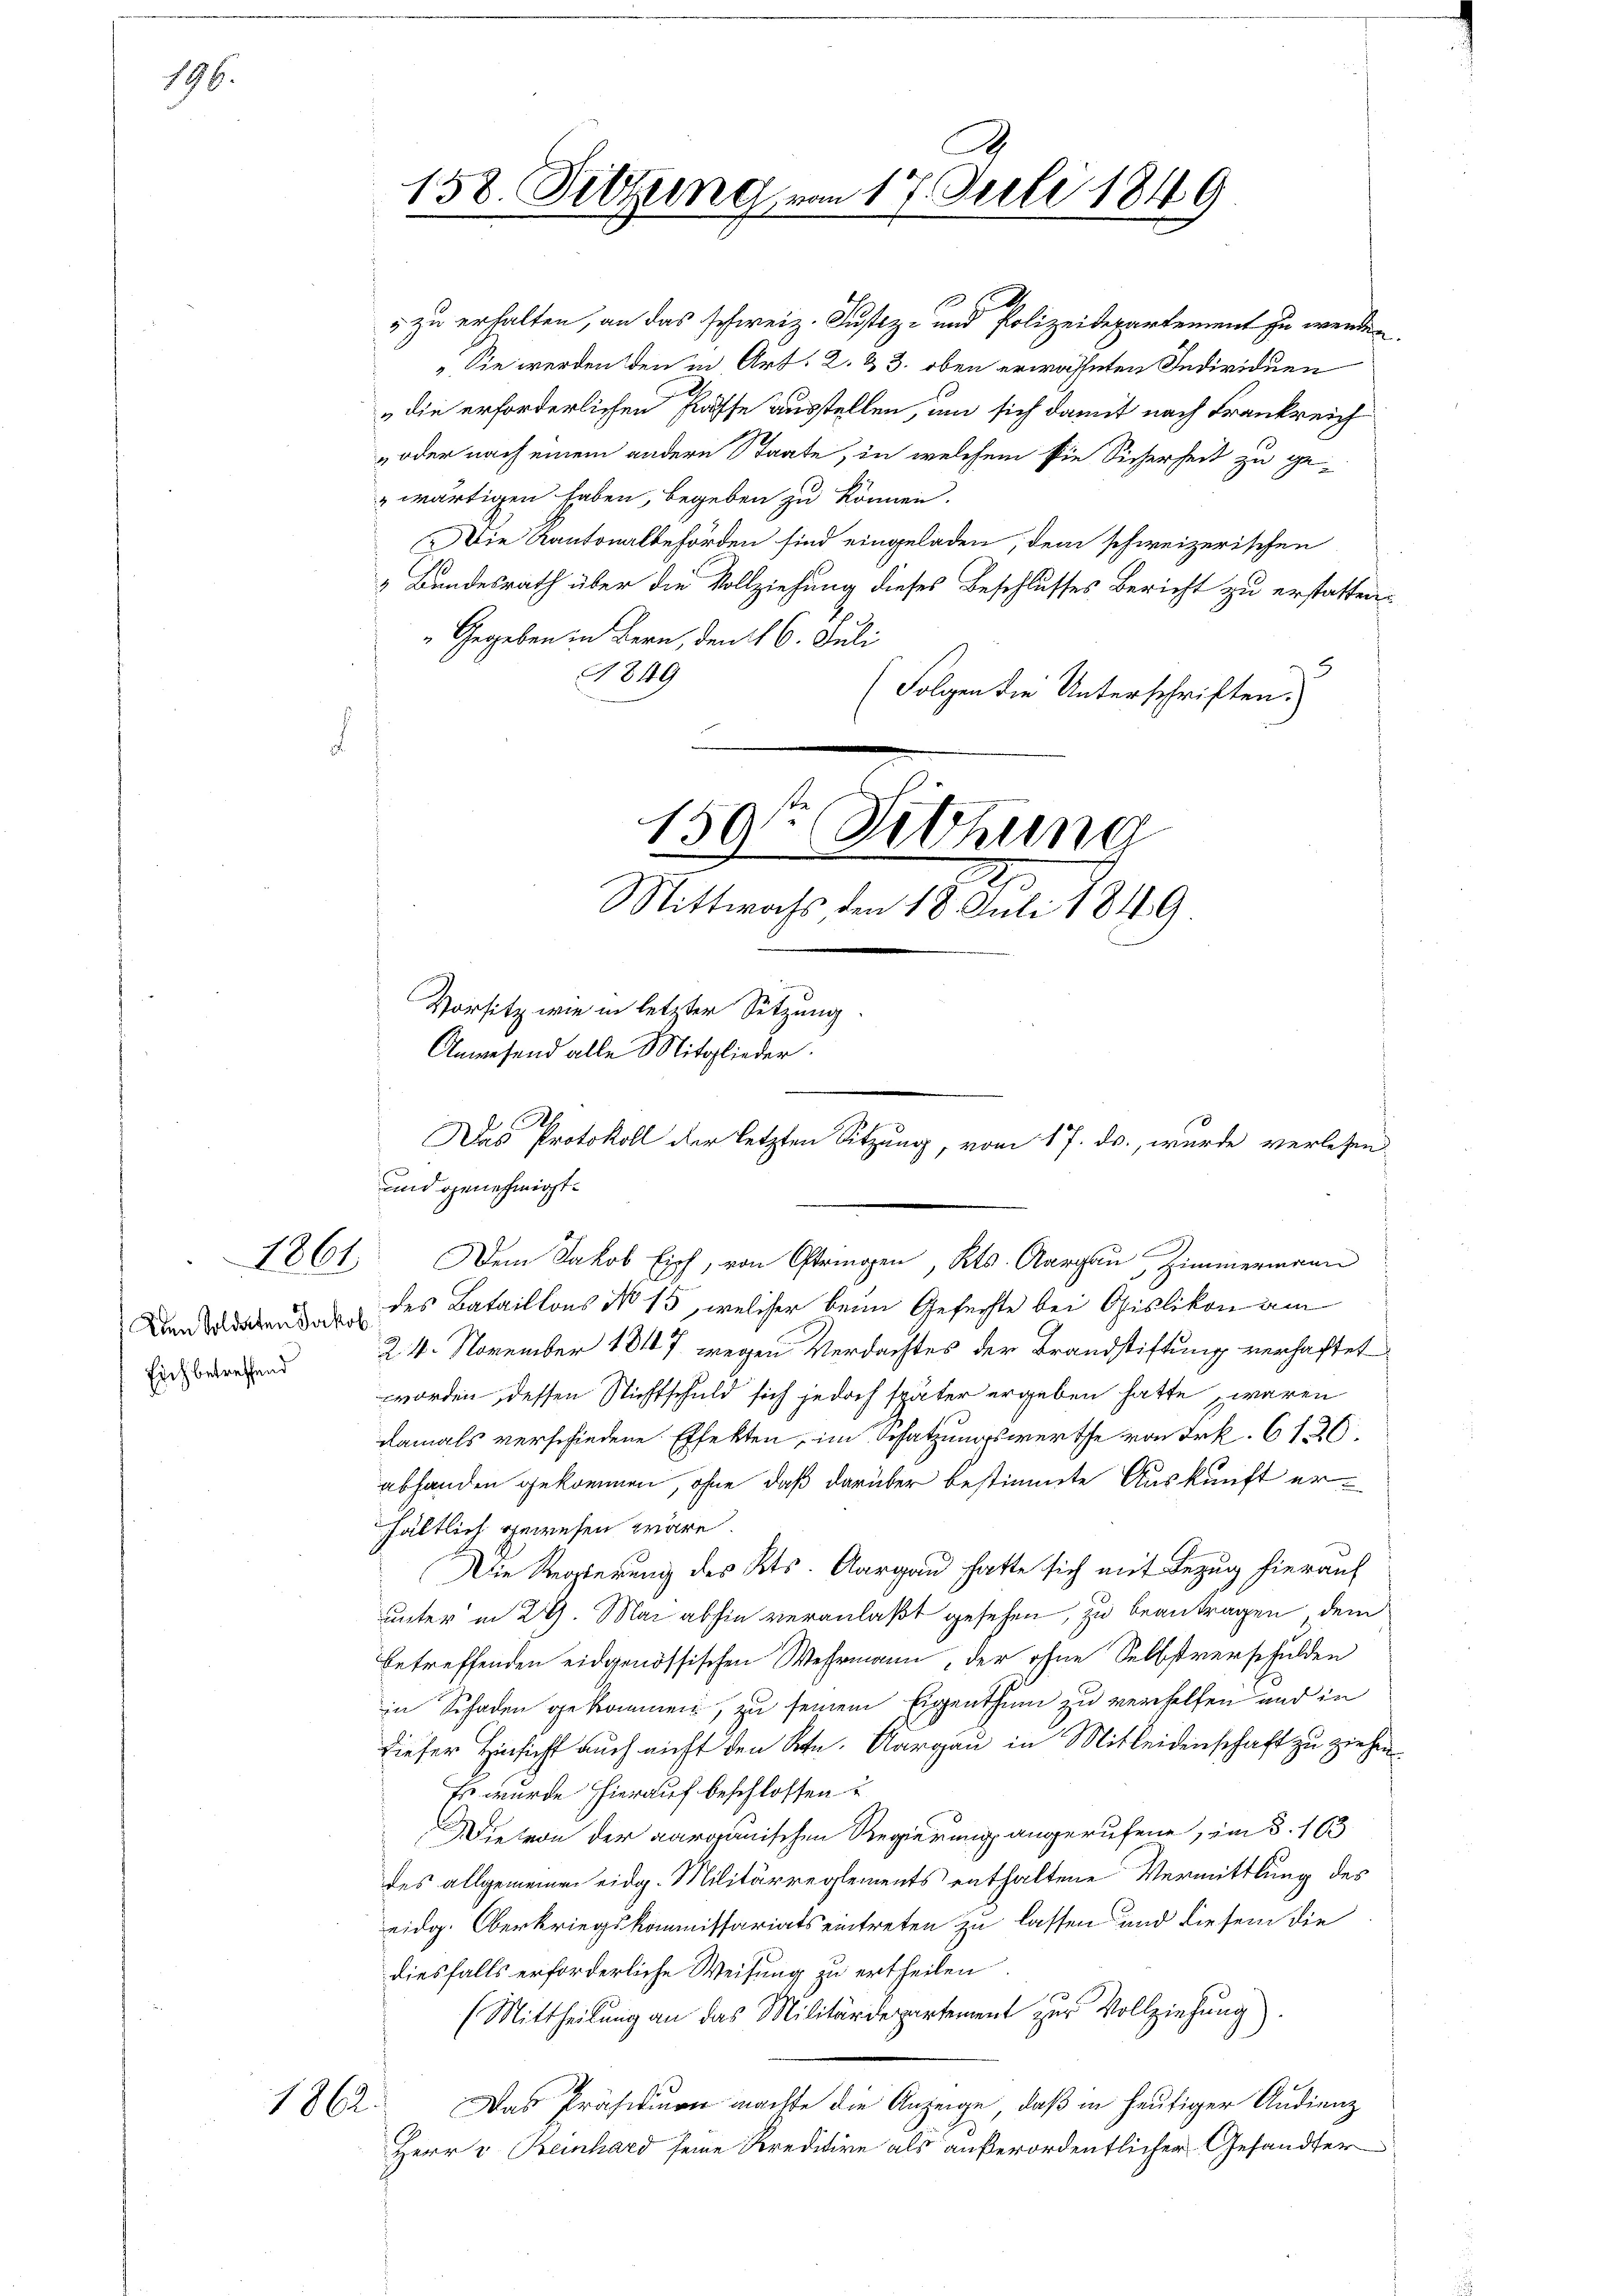
196.

1861

Den Soldaten Jakob
Eich betreffend

1862.

Die Kantonalbehörden sind eingeladen, dem schweizerischen
 Bundesrath über die Vollziehung dieses Beschlusses Bericht zu erstatten.
„Gegeben in Bern, den 16. Juli
3
4849
(Folgen die Unterschriften.
d
150 Sitzung
Mittwochs den 18. Juli 1849
Vorsitz wie in letzter Sitzung
Anwesend alle Mitglieder.

158. Setzung, vom 17. Juli 1849

Das Protokoll der letzten Sitzung, vom 17. ds., wurde verlesen
und genehmigt.
Dem Jakob Eich, von Oftringen, Kts. Aargau, Zimmermann

“ zu erhalten, an das schweiz. Justiz- und Polizeidepartement zu werden.
. Sie werden den in Art. 2. & 3. oben erwähnten Individuen
„die erforderlichen Pässe ausstellen, um sich damit nach Frankreich
„oder nach einem andere Staate, in welchem sie Sicherheit zu gewärtigen haben, begeben zu können.

des Bataillons No 15, welcher beim Gefechte bei Opislikon am
2. 4. November 18107 wegen Verdachtes der Brandstiftung verhaftet
worden dessen Nichtschuld sich jedoch später ergeben hatte waren
damals verschiedene Effekten, im Besatzungswerthe von Frk. 616
abhanden gekommen, ohne daß darüber bestimmte Auskunft er-
hältlich gewesen wäre.
Die Regierung des Kts. Aargau hatte sich mit Bezug hierauf
unter in 29. Mai abhin veranlaßt gesehen, zu beantragen, dem
betreffenden eidgenössischen Wehrmann der ohne Selbstverschulden
in Schaden gekommen, zu seinem Eigenthum zu verhelfen und in
dieser Hinsicht auch nicht den St. Aargau in Mitleidenschaft zu ziehen.
Es wurde hierauf beschlossen u
Dievon der aargauischen Regierung angerufene, im 3. 163
des allgemeinen eidg. Militärreglements enthaltene Vermittlung des
eidg. Oberkriegskommissariats eintreten zu lassen und diesem die
diesfalls erforderliche Weisung zu ertheilen
(Mittheilung an das Militärdepartement zur Vollziehung).
Das Präsidium machte die Anzeige, daß in heutiger Audienz
Herr v Reinhard seine Kreditire als außerordentlicher Gesandter